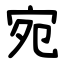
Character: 宛